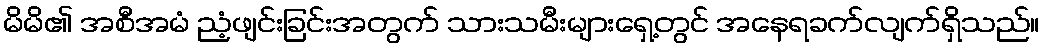
မိမိ၏ အစီအမံ ညံ့ဖျင်းခြင်းအတွက် သားသမီးများရှေ့တွင် အနေရခက်လျက်ရှိသည်။